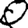
Digit: 0